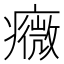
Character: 癓